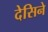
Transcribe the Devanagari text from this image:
देसिने